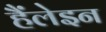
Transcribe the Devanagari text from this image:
हैंलेइन